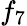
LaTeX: f_{7}